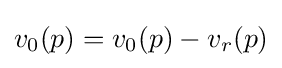
v_{0}(p)=v_{0}(p)-v_{r}(p)